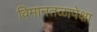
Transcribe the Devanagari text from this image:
विमानतळापेक्षा